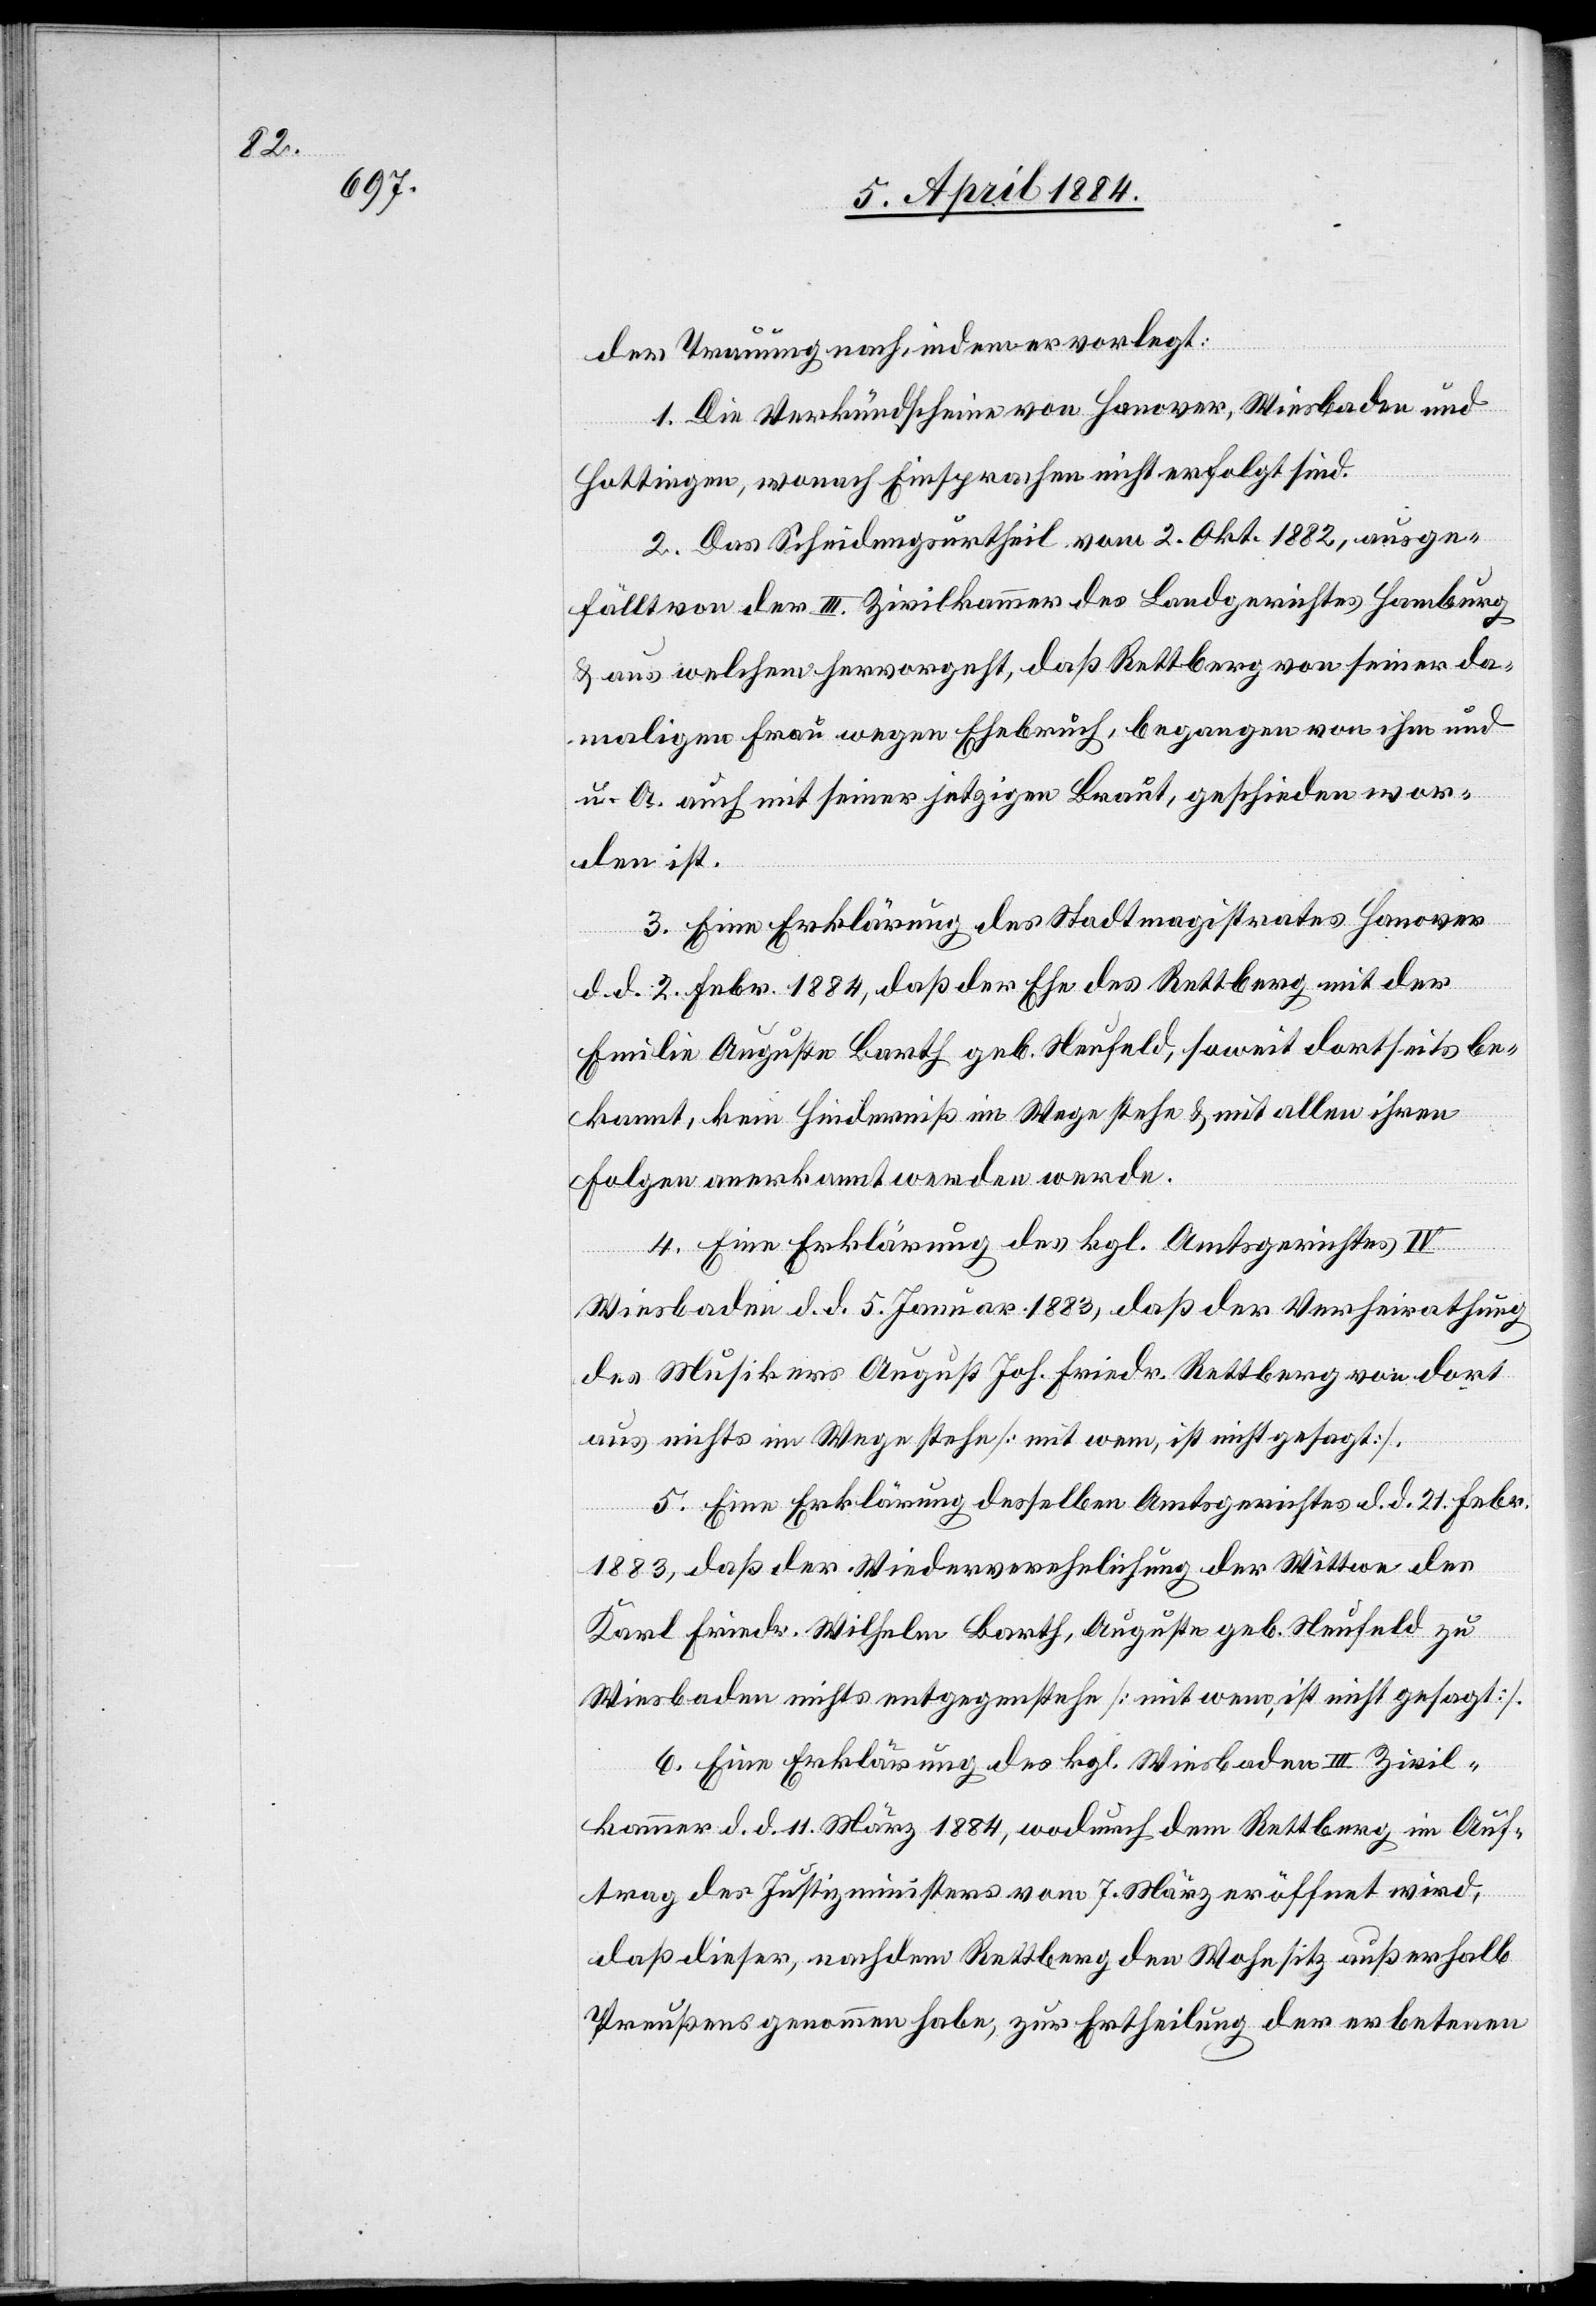
der Trauung nach, indem er vorlegt:
1. Die Verkündscheine von Hanover, Wiesbaden und
Hottingen, wonach Einsprachen nicht erfolgt sind.
2. Das Scheidungsurtheil vom 2. Okt. 1882, ausge¬
fällt von der III. Zivilkammer des Landgerichtes Hamburg
& aus welchem hervorgeht, daß Rettberg von seiner da¬
maligen Frau wegen Ehebruch, begangen von ihm und
u. A. auch mit seiner jetzigen Braut, geschieden wor¬
den ist.
3. Eine Erklärung des Stadtmagistrates Hanover
d. d. 2. Febr. 1884, daß der Ehe des Rettberg mit der
Emilie Auguste Barth geb. Neufeld, soweit dortseits be¬
kannt, kein Hinderniß im Wege stehe & mit allen ihren
Folgen anerkannt werden werde.
4. Eine Erklärung des kgl. Amtsgerichtes IV
Wiesbaden d. d. Januar 1883, daß der Verheiratung
des Musikers August Joh. Friedr. Rettberg von dort
aus nichts im Wege stehe [mit wem, ist nicht gesagt].
5. Eine Erklärung desselben Amtsgerichtes d. d. 21. Febr.
1883, daß der Wiederverehelichung der Wittwe der
Karl Friedr. Wilhelm Barth, Auguste geb. Neufeld zu
Wiesbaden nichts entgegenstehe [mit wem, ist nicht gesagt].
6. Eine Erklärung des kgl. Wiesbaden III Zivil¬
kammer d. d. 11. März 1884, wodurch dem Rettberg im Auf¬
trag des Justizministers vom 7. März eröffnet wird,
daß dieser, nachdem Rettberg den Wohnsitz außerhalb
Preußens genommen habe, zur Ertheilung der erbetenen